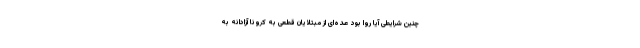
چنین شرایطی آیا روا بود عده‌ای از مبتلایان قطعی به کرونا آزادانه به